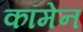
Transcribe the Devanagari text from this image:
कॉमेन